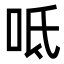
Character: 呧